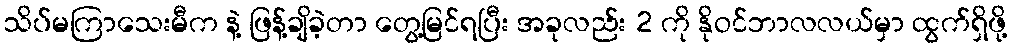
သိပ်မကြာသေးမီက နဲ့ ဖြန့်ချိခဲ့တာ တွေ့မြင်ရပြီး အခုလည်း 2 ကို နိုဝင်ဘာလလယ်မှာ ထွက်ရှိဖို့